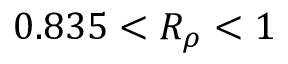
0 . 8 3 5 < R _ { \rho } < 1